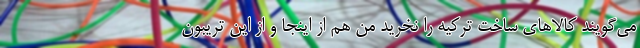
می‌گویند کالاهای ساخت ترکیه را نخرید من هم از اینجا و از این تریبون